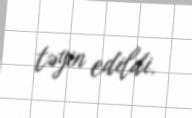
təyin edildi.